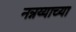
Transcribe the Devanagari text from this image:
नन्नय्याच्या